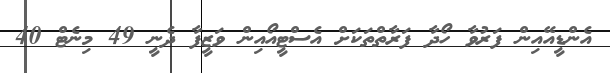
އެންޑީއޭއިން ފަރުވާ ހޯދާ ފަރާތްތަކަށް އެސްޓީއޯއިން ވަޒީފާ ދެނީ 49 މިނެޓް 40